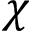
\chi